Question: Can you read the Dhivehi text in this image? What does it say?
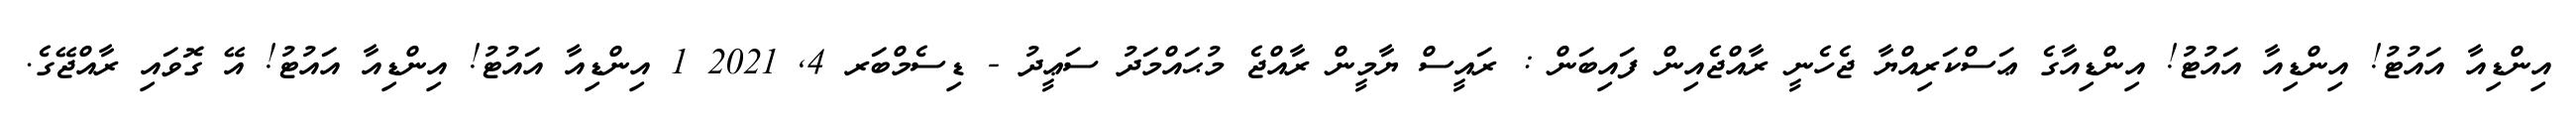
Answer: އިންޑިއާ އައުޓު! އިންޑިއާ އައުޓު! އިންޑިއާގެ ޢަސްކަރިއްޔާ ޖެހެނީ ރާއްޖެއިން ފައިބަން : ރައީސް ޔާމީން ރާއްޖެ މުޙައްމަދު ސަޢީދު - ޑިސެމްބަރ 4, 2021 1 އިންޑިއާ އައުޓު! އިންޑިއާ އައުޓު! އޭ ގޮވައި ރާއްޖޭގެ.